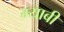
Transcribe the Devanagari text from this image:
म्याबी